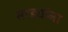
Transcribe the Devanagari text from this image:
सरड्यांना